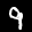
Label: 9